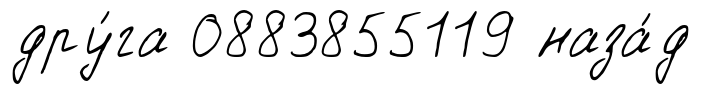
дру́га 0883855119 наза́д